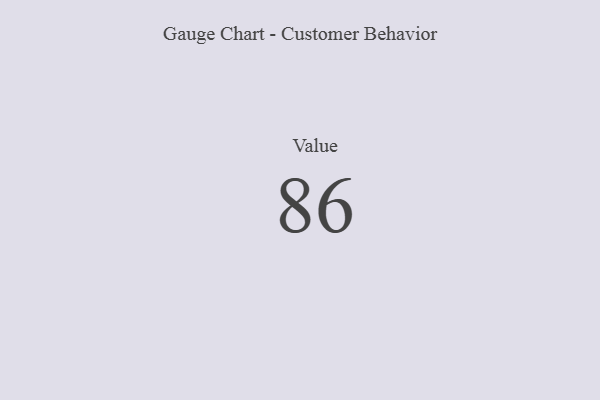
{"axis": {"x": "Metric", "y": "Value"}, "legend": [""], "data": [{"x": "Value", "y": 86, "type": ""}]}